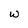
Character: w